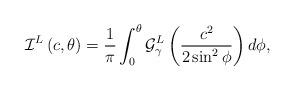
LaTeX: \begin{align*}\mathcal{I}^L\left(c,\theta\right)&=\frac{1}{\pi}\int_0^\theta\mathcal{G}_{\gamma}^L\left(\frac{c^2}{2\sin^2\phi}\right)d\phi,\end{align*}